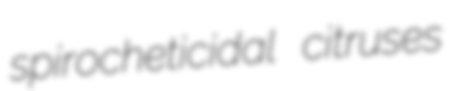
spirocheticidal citruses